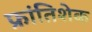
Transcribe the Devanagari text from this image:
फ्रांतिशेक